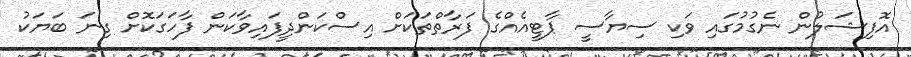
އޮފިޝަލުން ނެގުމުގައި ވަކި ސިޔާސީ ޕާޓީއެއްގެ ފަރާތްތަކަށް އިސްކަންދީފައިވާކަން ފާހަގަކޮށް ގިނަ ބަޔަކު